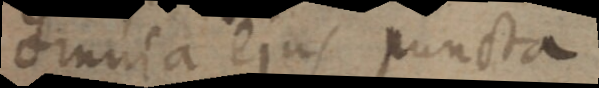
omnia ejus puncta